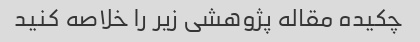
چکیده مقاله پژوهشی زیر را خلاصه کنید